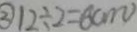
\textcircled { 2 } 1 2 \div 2 = 6 ( c m )